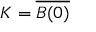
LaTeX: K = { \overline { { B ( 0 ) } } }